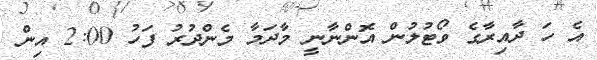
އެ ހަ ދާއިރާގެ ވޯޓުލުން އޮންނާނީ މާދަމާ މެންދުރު ފަހު 2:00 އިން